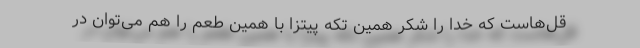
قل‌هاست که خدا را شکر همین تکه پیتزا با همین طعم را هم می‌توان در